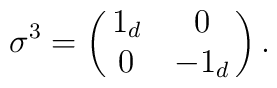
\sigma^3 =\left(\matrix{1_d &0\cr 0& -1_d}\right).